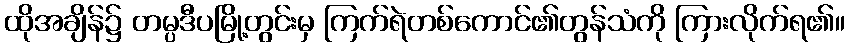
ထိုအချိန်၌ တမ္ပဒီပမြို့တွင်းမှ ကြက်ရဲတစ်ကောင်၏တွန်သံကို ကြားလိုက်ရ၏။